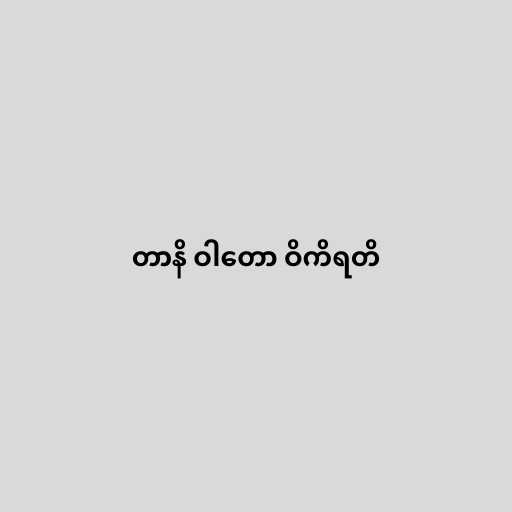
တာနိ ဝါတော ဝိကိရတိ